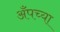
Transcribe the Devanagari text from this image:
अँपच्या